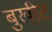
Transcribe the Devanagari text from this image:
बुखीट